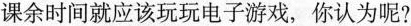
课余时间就应该玩玩电子游戏，你认为呢?(3分)